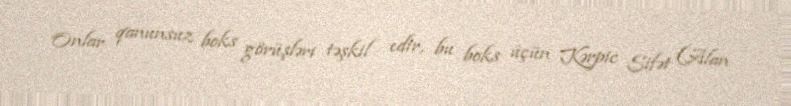
Onlar qanunsuz boks görüşləri təşkil edir, bu boks üçün Kərpic Sifət (Alan